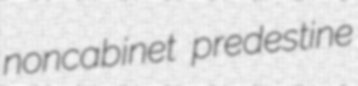
noncabinet predestine